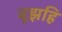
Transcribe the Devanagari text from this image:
बूझहि